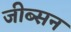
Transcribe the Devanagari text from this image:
जीब्सन